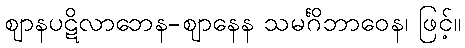
ဈာနပဋိလာဘေန-ဈာနေန သမင်္ဂိဘာဝေန၊ ဖြင့်။